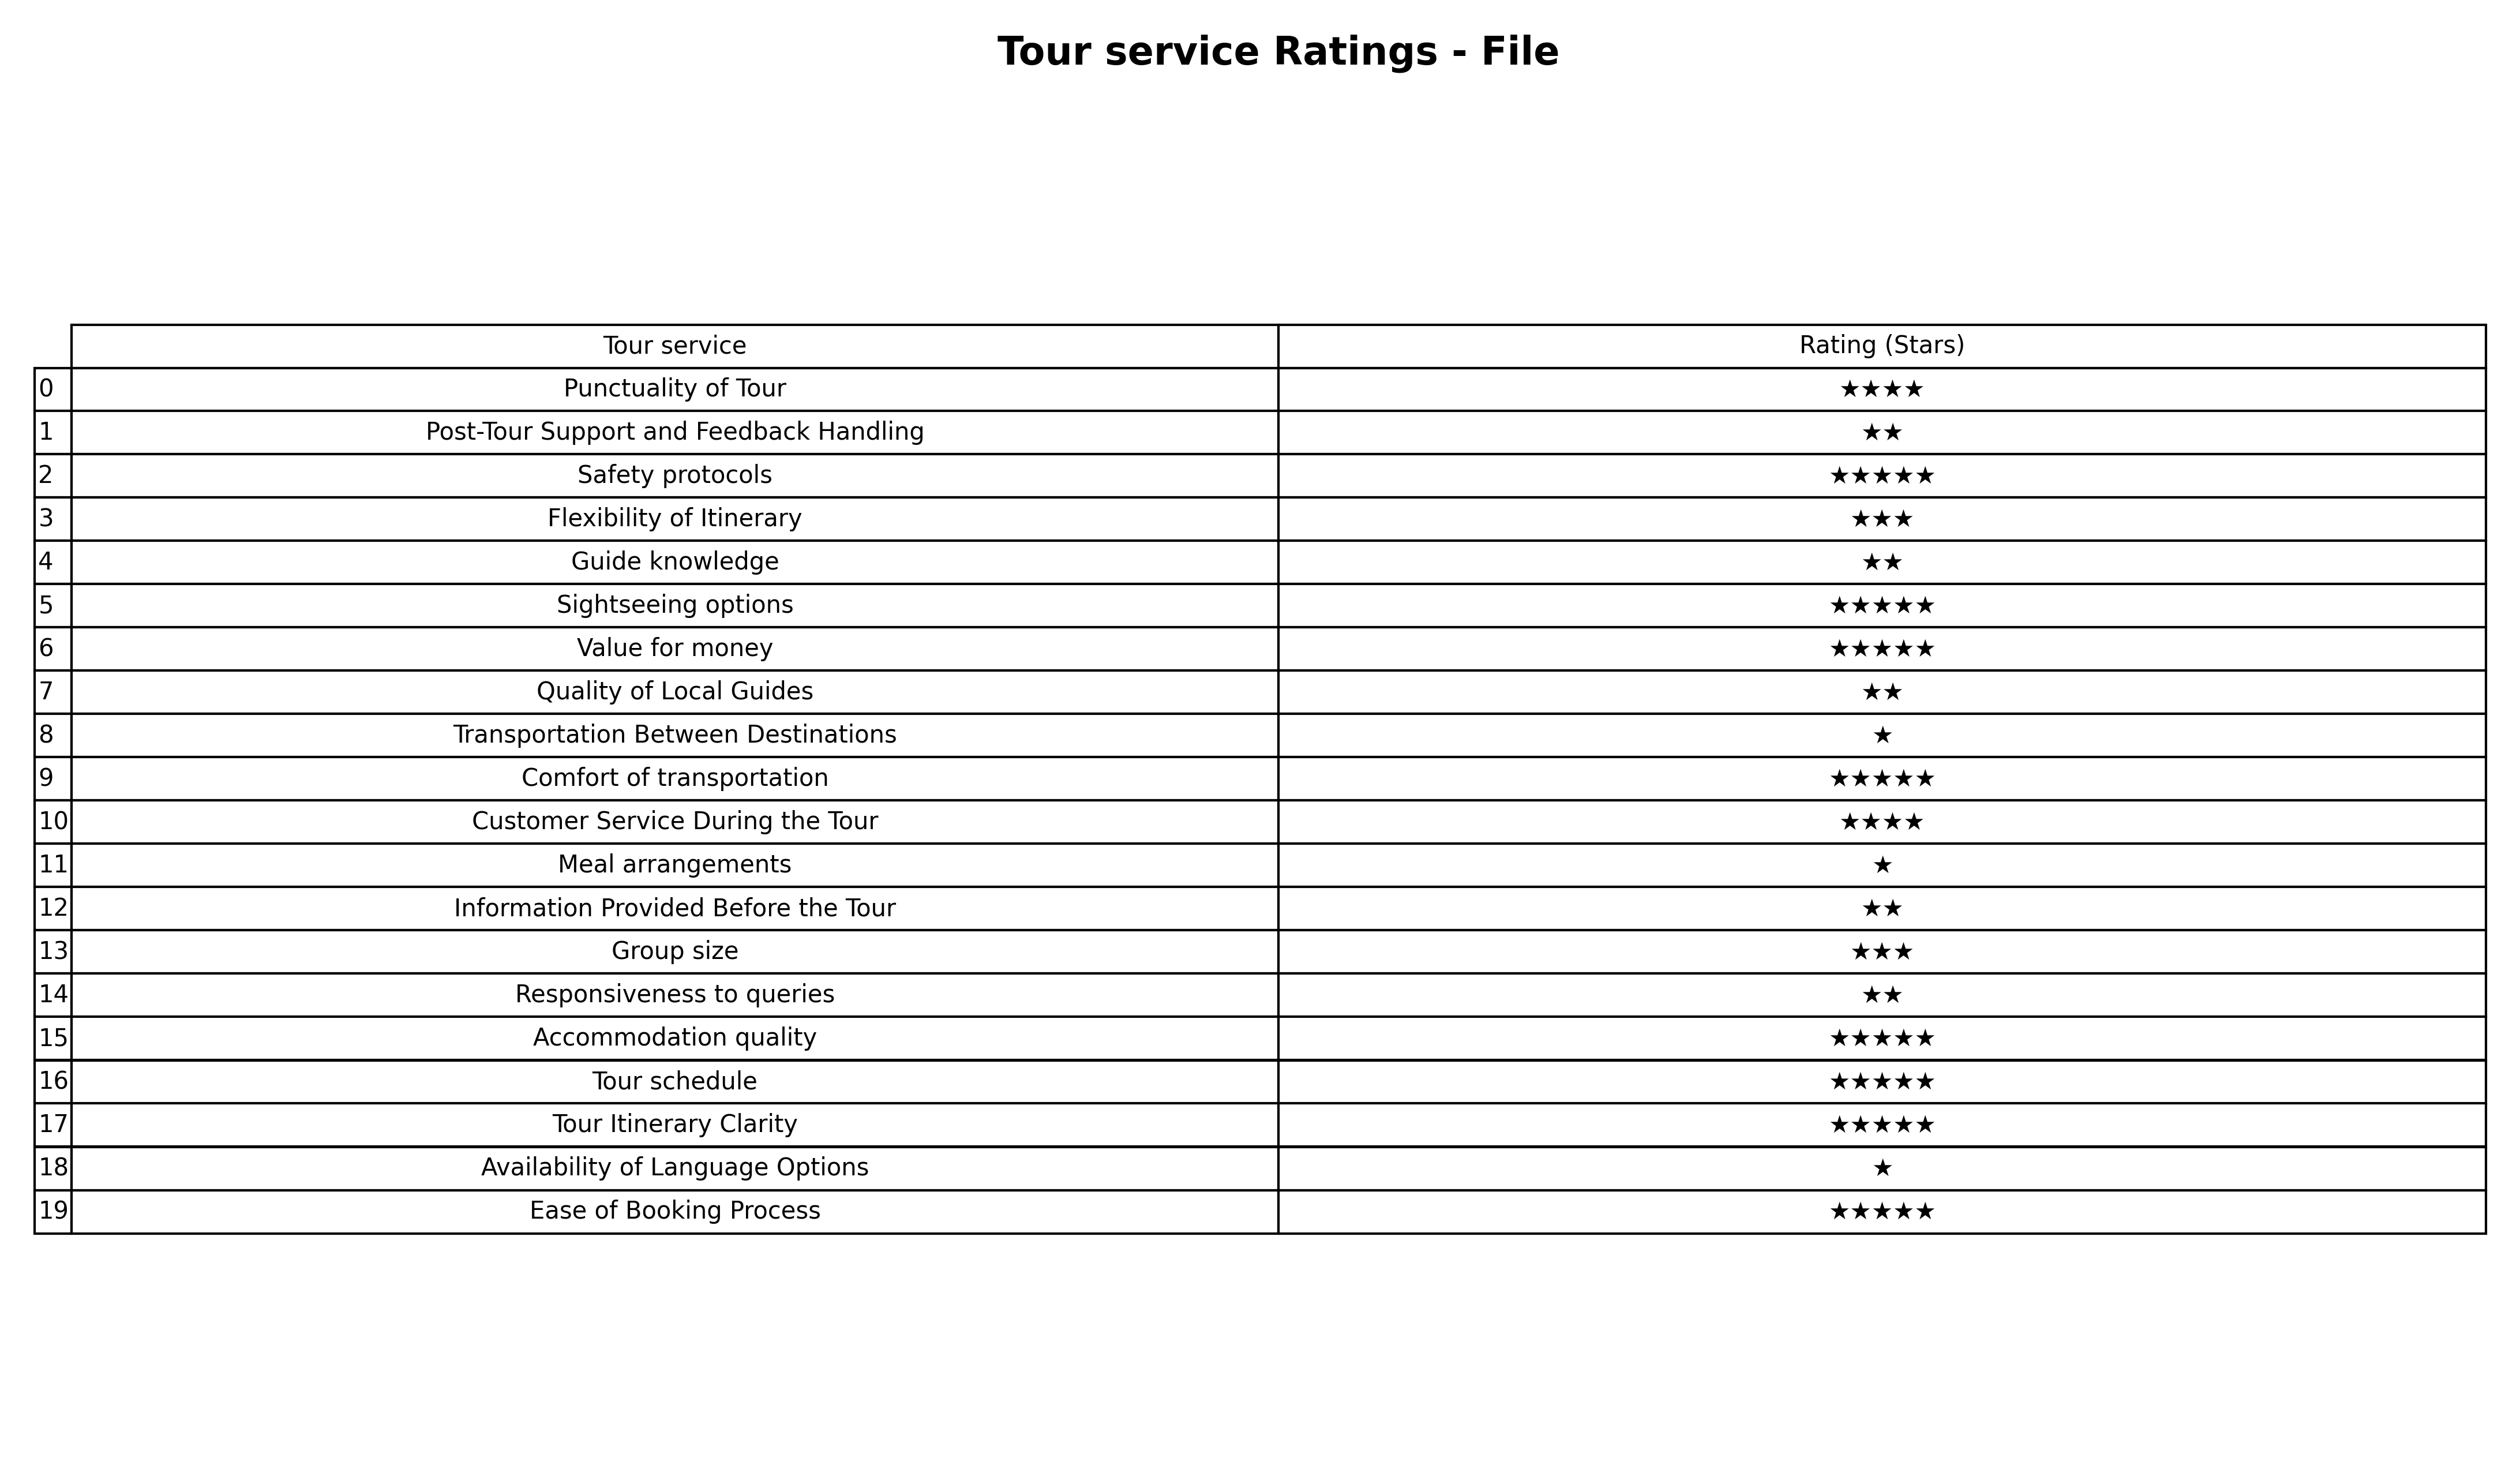
question: Which services are rated average?
answer: Flexibility of ItineraryGroup size